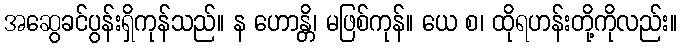
အဆွေခင်ပွန်းရှိကုန်သည်။ န ဟောန္တိ၊ မဖြစ်ကုန်။ ယေ စ၊ ထိုရဟန်းတို့ကိုလည်း။